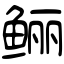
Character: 鲡